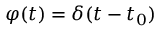
\varphi ( t ) = \delta ( t - t _ { 0 } )